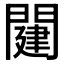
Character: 𨵭